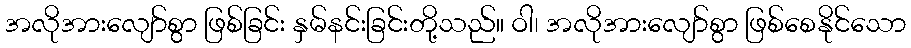
အလိုအားလျော်စွာ ဖြစ်ခြင်း နှမ်နင်းခြင်းတို့သည်။ ဝါ၊ အလိုအားလျော်စွာ ဖြစ်စေနိုင်သော